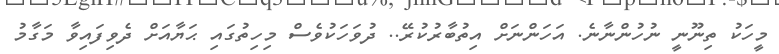
މީހަކު ތިނޫނީ ނުހުންނާނެ. އަހަންނަށް އިތުބާރުކުރޭ.. ދުވަހަކުވެސް މިހިތުގައި ޙަޔާއަށް ދެވިފައިވާ މަގާމު